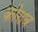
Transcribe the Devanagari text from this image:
कोराब